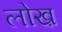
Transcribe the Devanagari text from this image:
लोख़